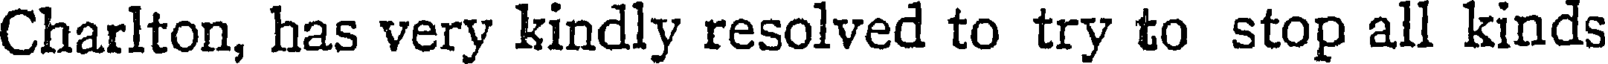
Charlton, has very kindly resolved to try to stop all kinds